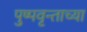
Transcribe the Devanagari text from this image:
पुष्पवृन्ताच्या